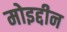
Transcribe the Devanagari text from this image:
मोइद्दीन